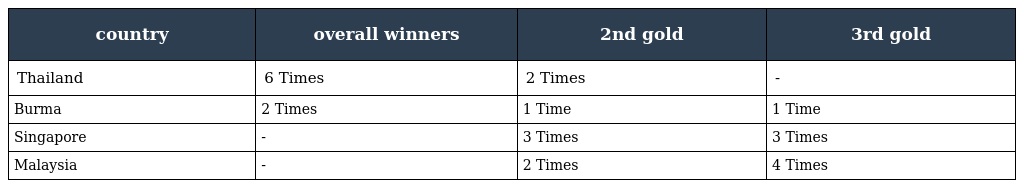
| country | overall winners | 2nd gold | 3rd gold |
 | --- | --- | --- | --- |
 | Thailand | 6 Times | 2 Times | - |
 | Burma | 2 Times | 1 Time | 1 Time |
 | Singapore | - | 3 Times | 3 Times |
 | Malaysia | - | 2 Times | 4 Times |